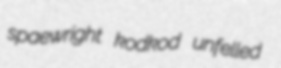
spaewright kodkod unfelled